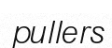
pullers